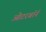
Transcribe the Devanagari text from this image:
ओटरबॉर्न